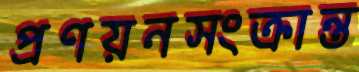
প্রণয়নসংক্রান্ত